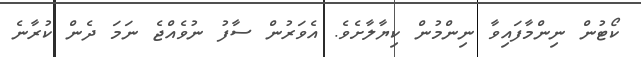
ކޯޓުން ނިންމާފައިވާ ނިންމުން ކިޔާލާށެވެ. އެވަރުން ސާފު ނުވެއްޖެ ނަމަ ދެން ކުރާނެ